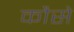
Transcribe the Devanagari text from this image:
कौसे